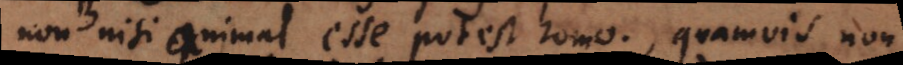
non nisi animal esse potest homo, quamvis non